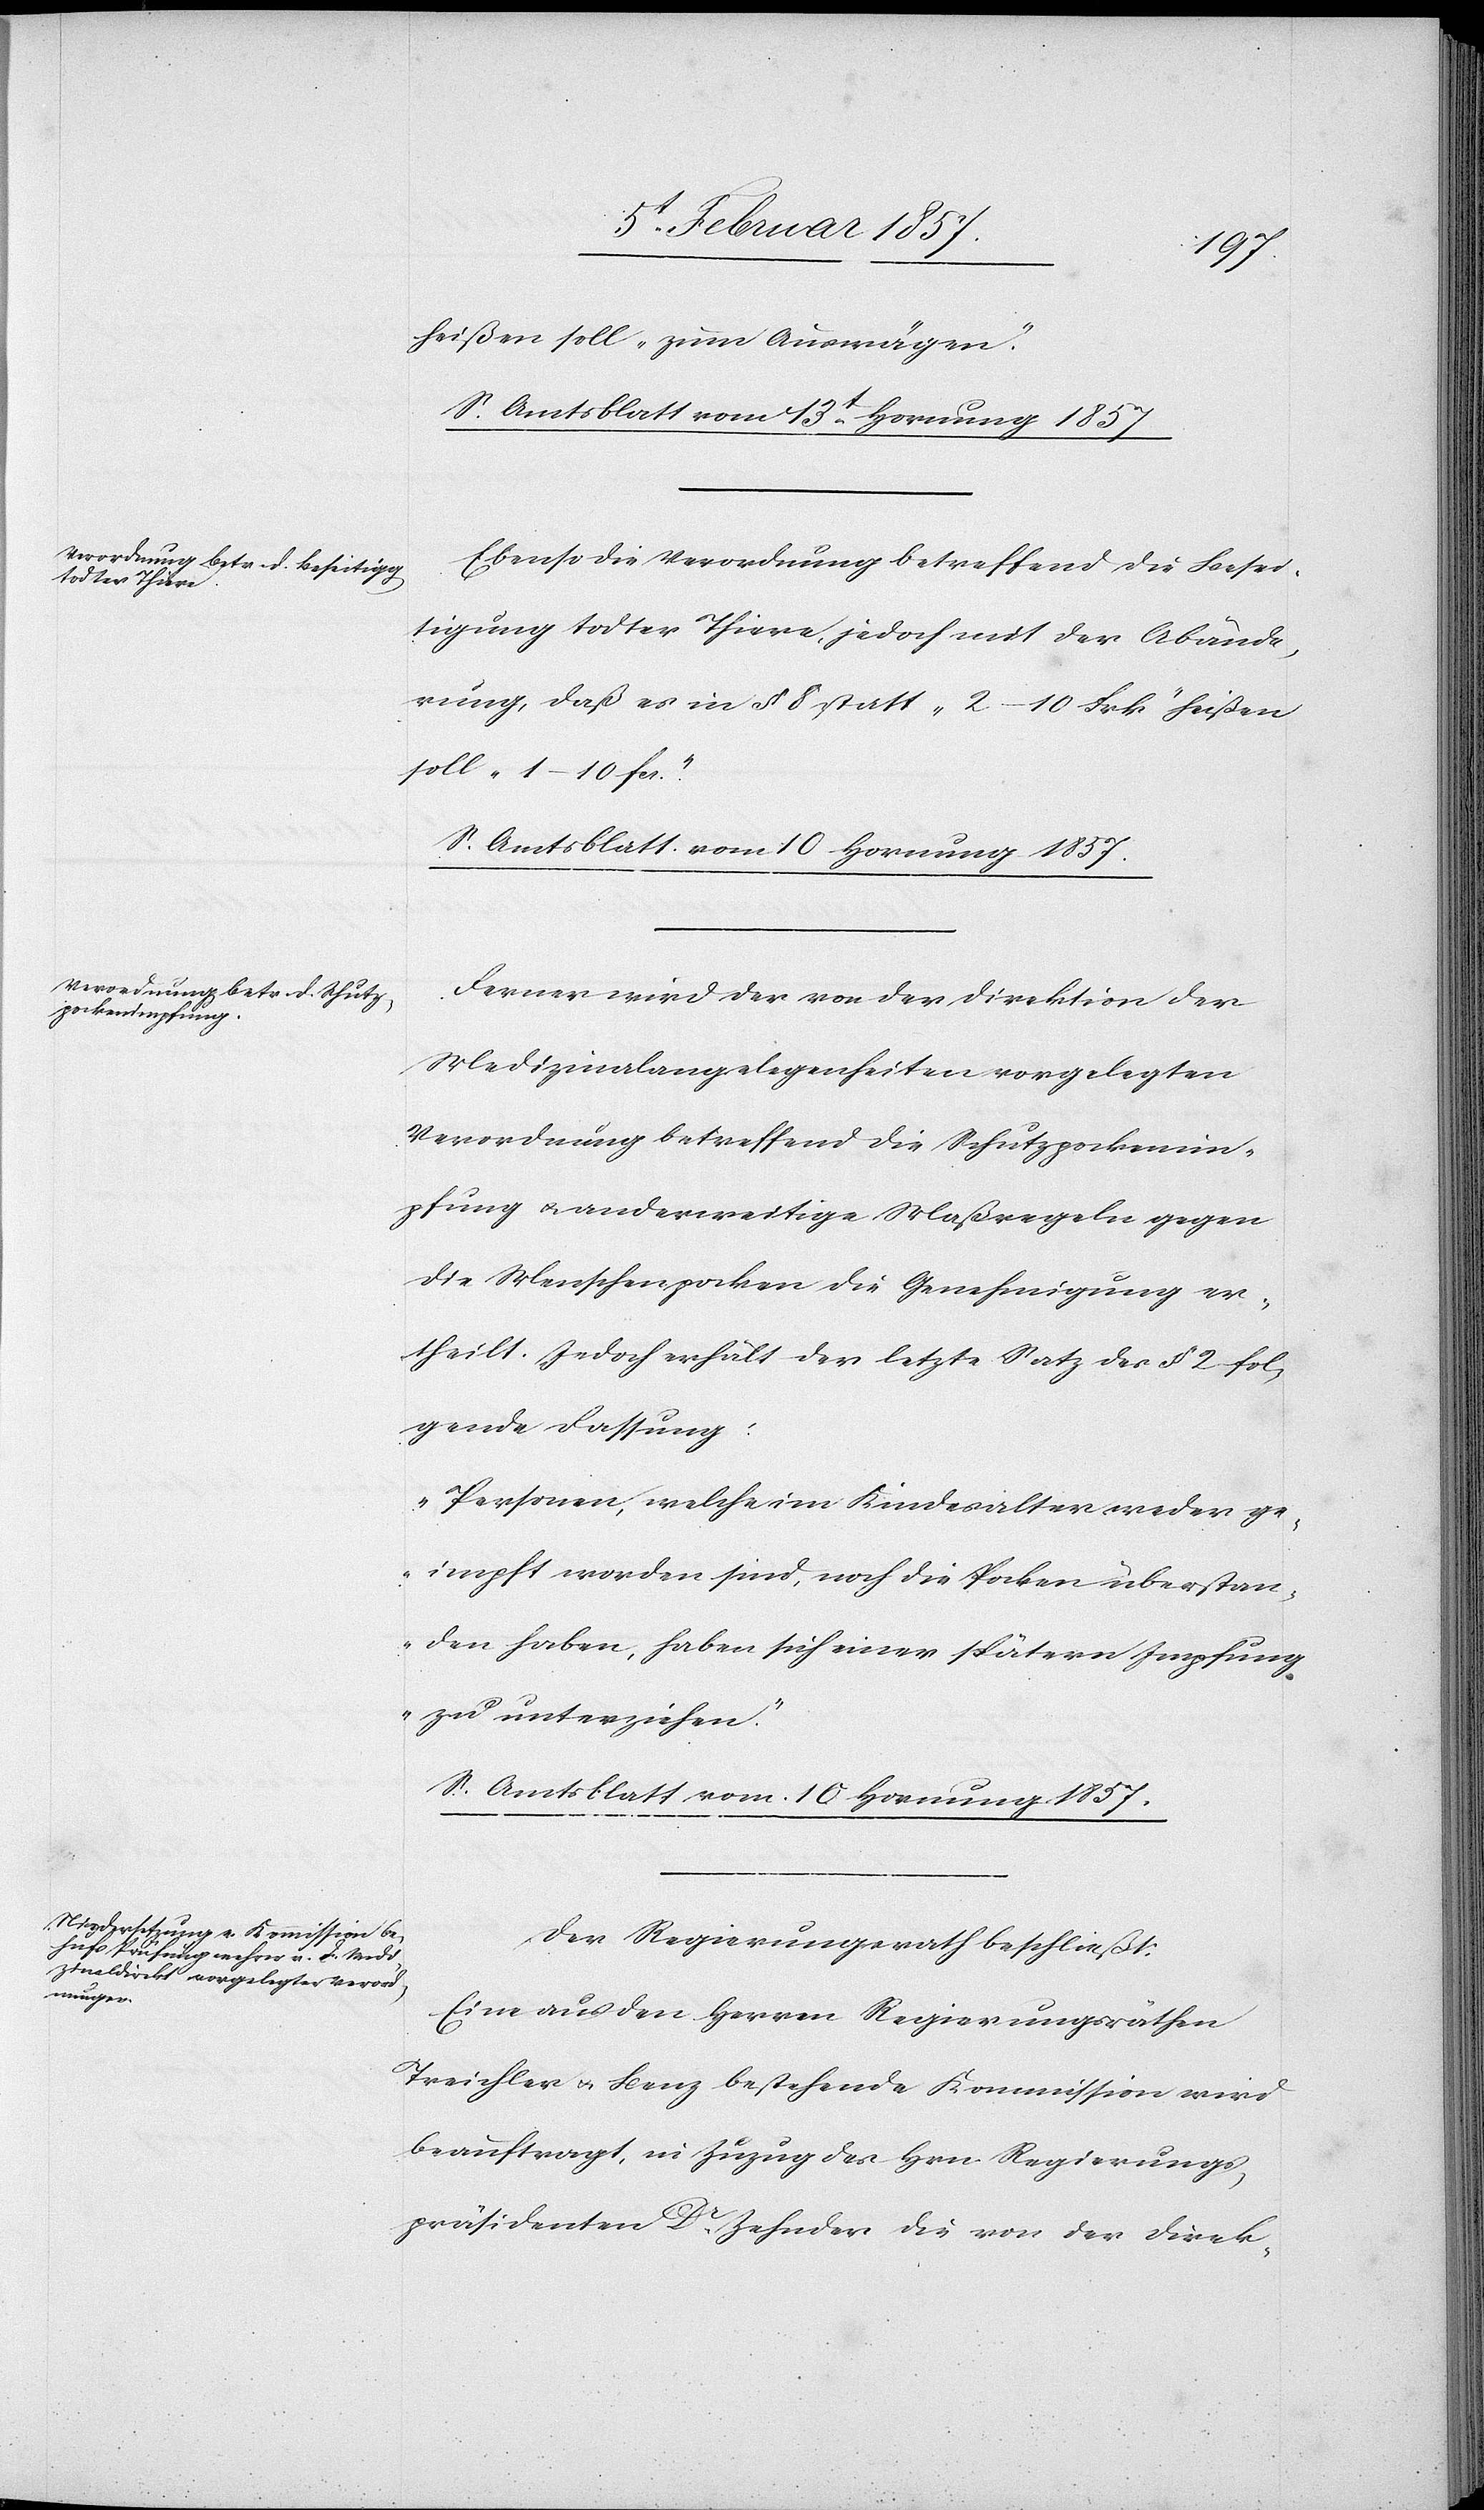
heißen soll „zum Auswägen“.
S. Amtsblatt vom 13t Hornung 1857.
Ebenso die Verordnung betreffend die Besei¬
tigung todter Thiere, jedoch mit der Abände¬
rung, daß es in § 8 statt „2–10 Frk“ heißen
soll „1–10 fr.“
S. Amtsblatt vom 10 Hornung 1857.
Ferner wird der von der Direktion der
Medizinalangelegenheiten vorgelegten
Verordnung betreffend die Schutzpockenim¬
pfung u. anderweitige Maßregeln gegen
die Menschenpocken die Genehmigung er¬
theilt. Jedoch erhält der letzte Satz des § 2 fol¬
gende Fassung:
„Personen, welche im Kindesalter weder ge¬
impft worden sind, noch die Pocken überstan¬
den haben, haben sich einer spätern Impfung
zu unterziehen.“
S. Amtsblatt vom 10 Hornung 1857.
Der Regierungsrath beschließt:
Eine aus den Herren Regierungsräthen
Treichler u. Benz bestehende Kommission wird
beauftragt, in Zuzug des Hrn Regierungs¬
präsidenten Dr Zehnder die von der Direk-